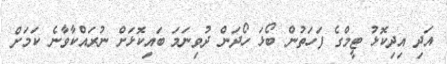
އަދި އިދިކޮޅު ޓީމްގެ ފަހަތުން ބޯޅަ ހޯދަން ދުވިނަމަ ބައިކޮޅަށް ނުރައްކާވާނެ ކަމަށް